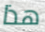
هذا